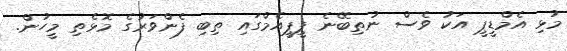
މުޅި އެމްޑީޕީ އަކު ވެސް ނުތިބޭނެ ޕީޕީއެމްގައި ތިބި ފެންވަރުގެ މޮޅެތި މީހުން.